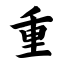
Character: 重